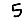
Digit: 5